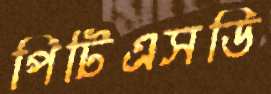
পিটিএসডি